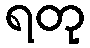
ရတု